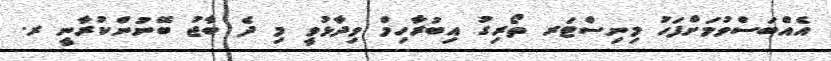
އެއްބަސްވުމަށްފަހު މިނިސްޓަރ ތޯރިގު އިބުރާހިމް ވިދާޅުވީ މި ދެ ބާޖު ބޭނުންކުރާނީ ރ.